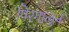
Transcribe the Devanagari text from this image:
पिरगाळुन